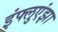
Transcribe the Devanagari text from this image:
इंफ्लुएंझा